Civil Veterinary Department Bihar reports 1940-50 - 1940-1950
Year: 1940
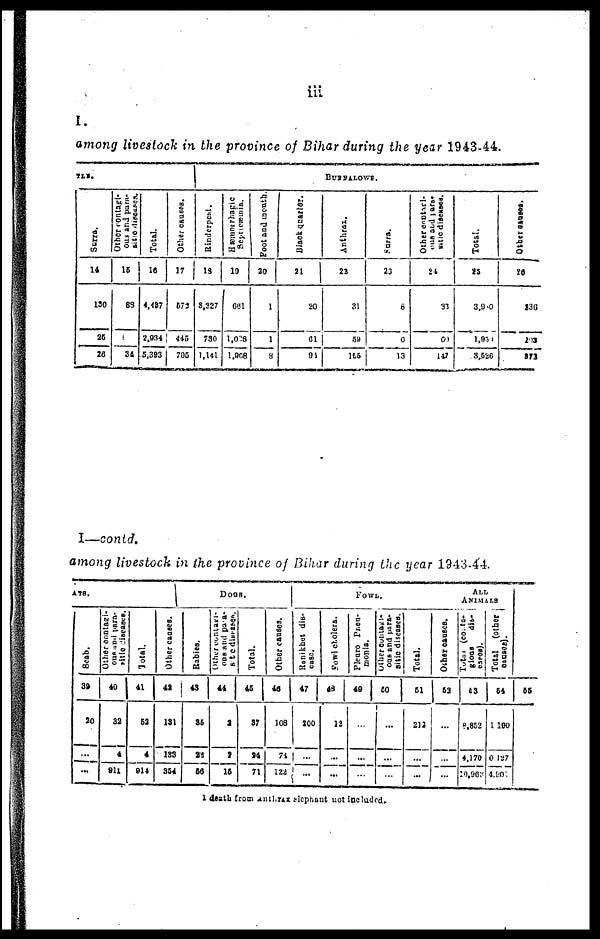
iii
TLE.
Surra.
14
130
25
26
Other contagi-
ous and para-
sitic diseases.
15
88
1
34
Total.
16
4,487
2,934
5,393
Other causes.
17
573
445
705
Rinderpest.
18
8,327
730
1,141
Hæmorrhagic
Septicæmia.
19
661
1,028
1,908
Foot and mouth.
20
1
1
8
Black quarter.
21
20
61
94
BUFFALOWS.
Anthrax,
22
31
59
155
Surra.
23
8
6
43
Other contagi-
ous and para-
sitic diseases.
24
31
69
147
Total.
25
3,950
1,930
3,526
Other causes.
26
236
293
313
I—contd.
among livestock in the province of Bihar during the year 1943-44
A
TS.
Scab.
39
29
...
...
Other contagi-
ous and para-
sitic diseases.
40
32
4
912
Total.
41
52
4
914
Other causes.
42
131
133
354
DOGS.
Rabies.
43
35
22
56
Other contagi-
ous and para-
sitic diseases.
44
2
2
15
Total.
45
37
24
71
Other causes.
46
108
74
122
FOWL.
Ranikhet dis-
-ase.
47
200
...
...
Fowl coolera.
48
12
...
...
Pleuro
Pneu-
monia.
49
...
...
...
Other Contagi-
ous
and para-
sitic diseases.
50
...
...
...
Total.
51
212
...
...
ALL
ANIMALS
Other causes.
52
...
...
...
Total (conta-
gious
dis-
eases).
53
8,852
4,170
20,963
Total (other
cauase).
54
1 190
0,127
4,901
55
1 death from anthrax elephant not included.